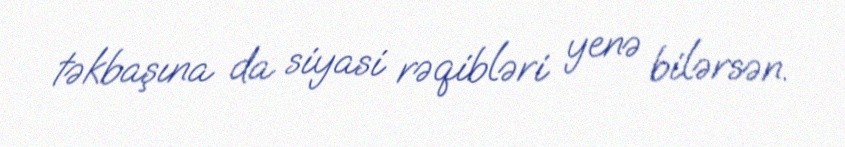
təkbaşına da siyasi rəqibləri yenə bilərsən.